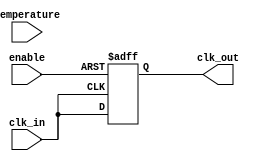
module TempCompensatedClockBuffer (
    input wire clk_in,         // Input clock signal
    input wire temperature,    // Temperature sensor feedback (for simplicity, can assume it's a digital value)
    input wire enable,         // Enable signal for power management
    output reg clk_out         // Buffered output clock signal
);

    // Parameters for delay adjustment based on temperature.
    parameter TEMP_COEFF = 1; // Coefficient for temperature adjustment
    parameter BASE_DELAY = 2;  // Base delay in simulation time units

    integer delay;              // Variable to determine delay based on temperature

    // Determine delay based on temperature
    always @(*) begin
        case(temperature)
            0: delay = BASE_DELAY;                // Low temperature
            1: delay = BASE_DELAY - TEMP_COEFF;   // Moderate temperature
            default: delay = BASE_DELAY;           // High temperature
        endcase
    end

    // Clock buffering logic
    always @(posedge clk_in or negedge enable) begin
        if (!enable) begin
            clk_out <= 0; // Shutdown output clock if not enabled
        end else begin
            // Delay the output clock based on the computed delay
            #delay clk_out <= clk_in; 
        end
    end

endmodule